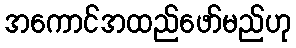
အကောင်အထည်ဖော်မည်ဟု